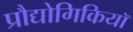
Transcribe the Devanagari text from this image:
प्रौद्योगिकियॉ